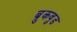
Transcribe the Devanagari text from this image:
ब्रुकवुड